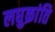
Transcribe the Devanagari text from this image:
लघुक्रांति